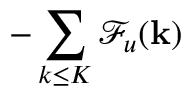
- \sum _ { k \le K } \mathcal { F } _ { u } ( { \bf k } )